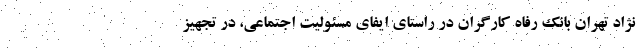
نژاد تهران بانک رفاه کارگران در راستای ایفای مسئولیت اجتماعی، در تجهیز